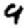
Digit: 9